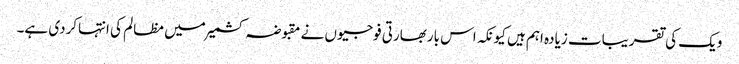
ویک کی تقریبات زیادہ اہم ہیں کیونکہ اس باربھارتی فوجیوں نے مقبوضہ کشمیرمیں مظالم کی انتہاکردی ہے۔